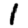
Digit: 1